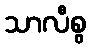
သာလီစွ